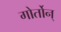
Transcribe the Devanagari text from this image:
गोर्तोन्